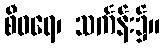
စီဝရေ၊ သင်္ကန်း၌။